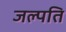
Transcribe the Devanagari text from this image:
जल्पति